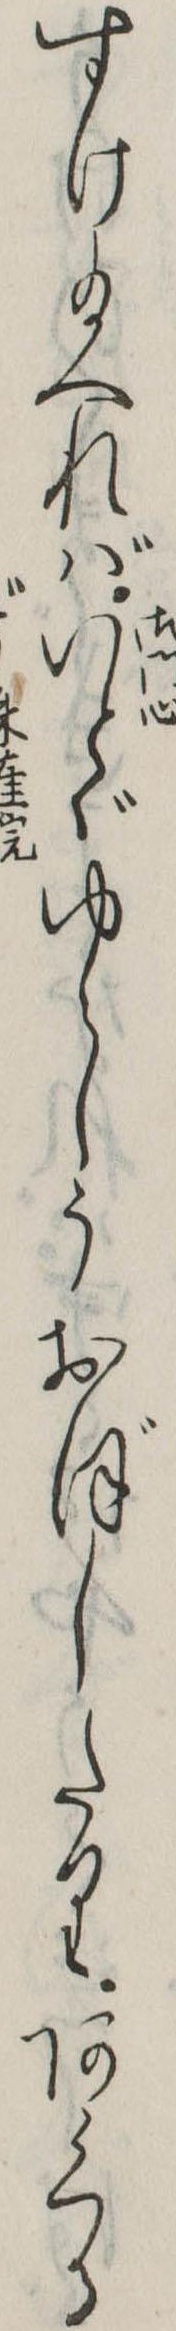
すけ給へればいとゞゆゝしうおぼしたりあくる